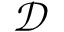
\mathcal { D }